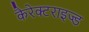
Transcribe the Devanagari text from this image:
कैरेक्टराइज्ड